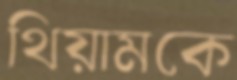
থিয়ামকে